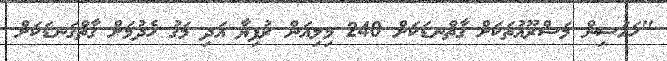
"ހައުސިން މަޝްރޫއުތަކަށް ގާތްނޑަކަށް 240 މިލިއަން ރުފިޔާ އަދި މަގު ހެދުމަށް ގާތްގަނޑަކަށް